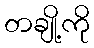
တချို့ကို